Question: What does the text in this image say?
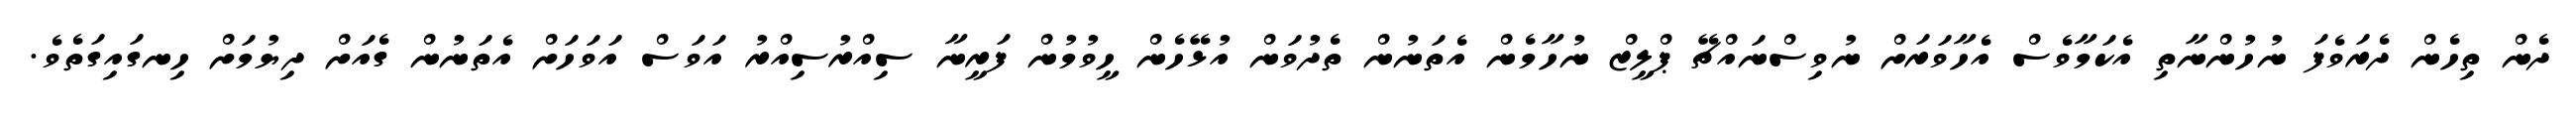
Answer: ދެން ތިހެން ދެރަވެފަ ނުހުންނާތި އެކަމާވެސް އެހާވަރަށް ނުވިސްނައްޗޭ ޕްލީޒް ނުހާމެން އެތަނުން ތެދުވަން އުޅޭހެން ހީވުމުން ފަރީނާ ސިއްރުސިއްރު އަވަސް އަވަހަށް އެތަނުން ގެއަށް ދިޔުމަށް ހިނގައިގަތެވެ.